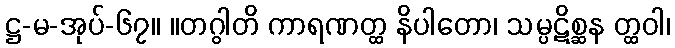
ဋ္ဌ-မ-အုပ်-၆၇။ ။တဂွါတိ ကာရဏတ္ထ နိပါတော၊ သမ္ပဋိစ္ဆန တ္ထဝါ၊